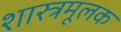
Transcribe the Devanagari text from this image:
शास्त्रमूलक